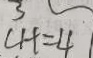
C H = 4